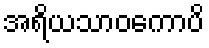
အရိယသာဝကောပိ